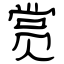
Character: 赏